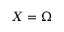
X = \Omega